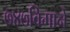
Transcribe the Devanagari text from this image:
७४७विमाने